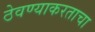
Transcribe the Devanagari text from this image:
ठेवण्याकरताचा